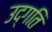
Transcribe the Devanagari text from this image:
उद्गति